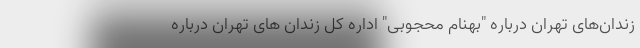
زندان‌های تهران درباره "بهنام محجوبی" اداره کل زندان های تهران درباره